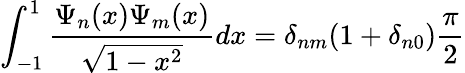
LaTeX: \int_{-1}^{1}\frac{\Psi_{n}(x)\Psi_{m}(x)}{\sqrt{1-x^{2}}}dx=\delta_{nm}(1+\delta_{n0})\frac{\pi}{2}